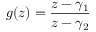
g ( z ) = { \frac { z - \gamma _ { 1 } } { z - \gamma _ { 2 } } }